Leaving Certificate, 1901
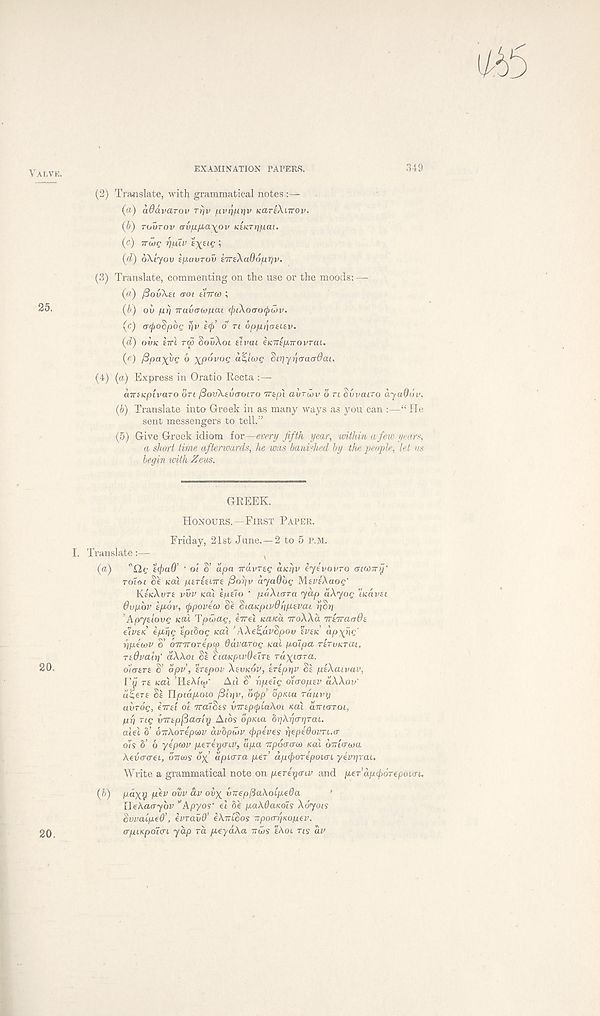
VALVE.
EXAMINATION PAPERS.
349
25.
(2) Translate, with grammatical notes
(a) adavarov rrjv jiti'rj/xjjv KareXarov.
(b) TOUTOV avfjL^ayov KiKTyjiuai.
(c) TVwg rjLuv ex il G i
(t?) oXiyov ZpavTov tireXaOoiuiriv.
(3) Translate, commenting on the use or the moods: —-
(«) /3ouXti <TOI ttTrco ;
(b) oi» /iri Tvavaojuai tyiXoaotyuv.
(c) acjiodpbf; ?/v £(/)’ o TI opfiriatitv.
(d) OVK ETTt TOO SovXoi tlvdl e/CTTE^TTOl/rat.
(e) fipaxyc b xpbvog asi'a/c §iT]yr\<ja(j6ai.
(4) (a) Express in Oratio Recta :—
aTTf/cpivaro bn fiovXtutJOiTO TTtpl avruiv bn Svvatro ayaObv.
(b) Translate into Greek in as many ways as you can :—“ He
sent messengers to tell.”
(5) Give Greek idiom for—every fifth year, within a few years,
a short time afterwards, he was banished by the people, let us
begin with Zeus.
GREEK.
HONOURS.—FIRST PAPER.
Friday, 21st June. —2 to 5 P.M.
I. Translate:—
(a)
i(f)a9’ • ot S’ apa Travng aKt)v eyivovro aiunvg'
TO to/ Se /cat ptritiTve fiogv ayaObg MtPtXaog’
KEKXUTE VVV xai t/iaio * paXiara yap aXyog 'ixavsi
6vpbv Ip-bv, (jtpoveco St Sianpivdhpavai riSrj
’Apyeiovg KCU Tpwag, ervel tzaica iroXXa rriiraaQi
zivtK tpbrig tpibog KOX ’ AXt^avSpov tvefi apxhg'
riptwv S’ OTtworepiy davarog KUI goipa riruKrai,
Ttdvalr]' aXXoi Se StaKpivOeire Tuxirrra.
20.
oicviTt S’ apv, tnpov XHIKOV, beprtv Se peXaivav,
Fy re /cat ’HEAIOP AU S’ ripeig oiaopev uXXov'
tftre Se Ylpiapboio /3hiv, o<j>p’ opKia Tapevy
avrog, eTvel oi TraiSes vTrepvpiaXoi nal aTViaroi,
py rig inrepfiaaiy Atos opKia hyXyaryTai.
alel b’ bieXoTtpiav avbpuiv cjrpives ytpeOovn.a
ols b’ 6 yepcov pereyinv, apa Trpdamco Kal birtawa
Aevcrarei, STUDS 0% apurTa per’ dpfioTtpom ytvyrai.
Write a grammatical note on ptnya-iv and per apfoTepoicn.
(b) paxy ptv ovv av oay inrepfiaXoipeda
Uekaaybv ”kpyos' el be pakdancTis Xoyois
SvvaipeQ’, evTavd’ eXtriSos TrpocryKopev.
apiKpoiat yap TO. peyaXa ivws eXoi ns av
20.